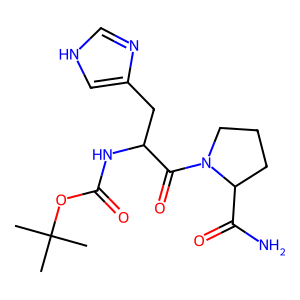
SMILES: CC(C)(C)OC(=O)NC(Cc1c[nH]cn1)C(=O)N1CCCC1C(N)=O
Inhibits HIV replication: No